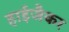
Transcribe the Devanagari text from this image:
हाईजैकर